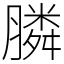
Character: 膦